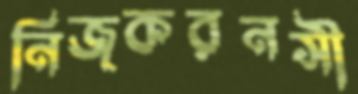
নিজকরনসী